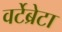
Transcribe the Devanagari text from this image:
वर्टेब्रेटा